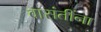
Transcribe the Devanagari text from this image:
वासंतींना